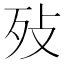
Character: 𣧏